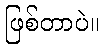
ဖြစ်တာပဲ။